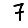
Digit: 7